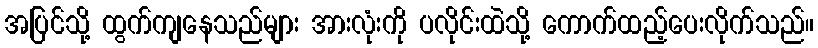
အပြင်သို့ ထွက်ကျနေသည်များ အားလုံးကို ပလိုင်းထဲသို့ ကောက်ထည့်ပေးလိုက်သည်။